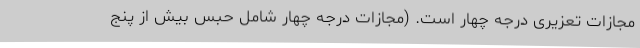
مجازات تعزیری درجه چهار است. (مجازات درجه چهار شامل حبس بیش از پنج